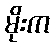
မိုးက